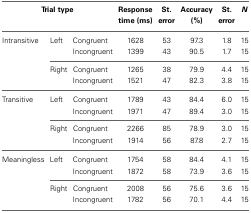
<table><thead><tr><td colspan="3"><b>Trial type</b></td><td><b>Response time (ms)</b></td><td><b>St. error</b></td><td><b>Accuracy (%)</b></td><td><b>St. error</b></td><td><b><i>N</i></b></td></tr></thead><tbody><tr><td>Intransitive</td><td>Left</td><td>Congruent</td><td>1628</td><td>53</td><td>97.3</td><td>1.8</td><td>15</td></tr><tr><td></td><td></td><td>Incongruent</td><td>1399</td><td>43</td><td>90.5</td><td>1.7</td><td>15</td></tr><tr><td></td><td>Right</td><td>Congruent</td><td>1265</td><td>38</td><td>79.9</td><td>4.4</td><td>15</td></tr><tr><td></td><td></td><td>Incongruent</td><td>1521</td><td>47</td><td>82.3</td><td>3.8</td><td>15</td></tr><tr><td>Transitive</td><td>Left</td><td>Congruent</td><td>1789</td><td>43</td><td>84.4</td><td>6.0</td><td>15</td></tr><tr><td></td><td></td><td>Incongruent</td><td>1971</td><td>47</td><td>89.4</td><td>3.0</td><td>15</td></tr><tr><td></td><td>Right</td><td>Congruent</td><td>2266</td><td>85</td><td>78.9</td><td>3.0</td><td>15</td></tr><tr><td></td><td></td><td>Incongruent</td><td>1914</td><td>56</td><td>87.8</td><td>2.7</td><td>15</td></tr><tr><td>Meaningless</td><td>Left</td><td>Congruent</td><td>1754</td><td>58</td><td>84.4</td><td>4.1</td><td>15</td></tr><tr><td></td><td></td><td>Incongruent</td><td>1872</td><td>58</td><td>73.9</td><td>3.6</td><td>15</td></tr><tr><td></td><td>Right</td><td>Congruent</td><td>2008</td><td>56</td><td>75.6</td><td>3.6</td><td>15</td></tr><tr><td></td><td></td><td>Incongruent</td><td>1782</td><td>56</td><td>70.1</td><td>4.4</td><td>15</td></tr></tbody></table>